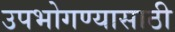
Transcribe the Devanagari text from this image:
उपभोगण्यासाठी